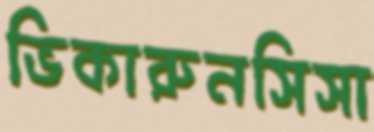
ভিকারুনসিসা